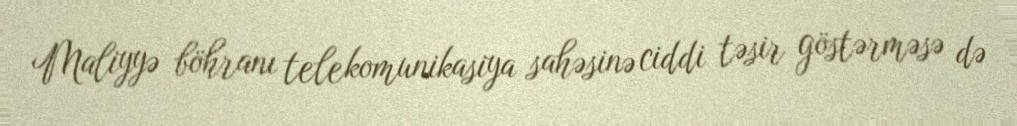
Maliyyə böhranı telekomunikasiya sahəsinə ciddi təsir göstərməsə də